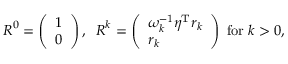
\begin{array} { r } { \boldsymbol R ^ { 0 } = \left( \begin{array} { l } { 1 } \\ { 0 } \end{array} \right) , \; \; \boldsymbol R ^ { k } = \left( \begin{array} { l } { \omega _ { k } ^ { - 1 } \boldsymbol { \eta } ^ { \mathrm { T } } \boldsymbol { r } _ { k } } \\ { \boldsymbol { r } _ { k } } \end{array} \right) \; \mathrm { f o r } \; k > 0 , } \end{array}